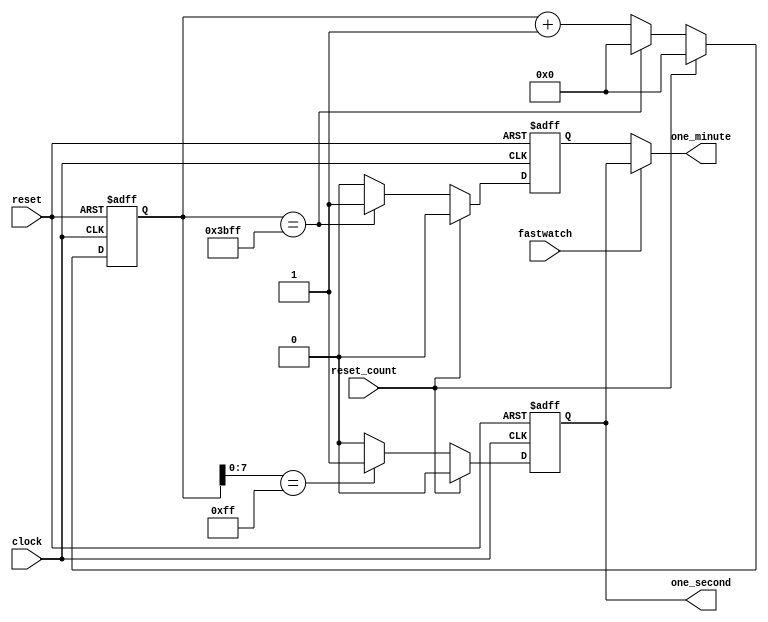
/********************************************************************************************

Copyright 2018-2019 - Maven Silicon Softech Pvt Ltd. All Rights Reserved.

This source code is an unpublished work belongs to Maven Silicon Softech Pvt Ltd.
It is considered a trade secret and is not to be divulged or used by parties who 
have not received written authorization from Maven Silicon Softech Pvt Ltd.

Maven Silicon Softech Pvt Ltd
Bangalore - 560076

Webpage: www.maven-silicon.com

Filename:	timegen.v   

Description:	Timegen will generate one_minute and one_second pulses 
                based on 256Hz clock frequency. 
                When stop watch mode will be one, both the pulses, i.e.
                one minute and one second will be same.

Date:		01/05/2018

Author:		Maven Silicon

Email:		online@maven-silicon.com

Version:	1.0

*********************************************************************************************/
module timegen(clock,
               reset,
               reset_count,
               fastwatch,
               one_second,
               one_minute
               );
 // Define input and output port directions        
  input clock,
        reset,
        reset_count, //Resets the timegen whenever a new current time is set
        fastwatch;  

  output one_second,
         one_minute;
  // Define internal registers required
  reg [13:0] count;
  reg one_second;
  reg one_minute_reg;
  reg one_minute;
 

//One minute pulse generation
always@(posedge clock or posedge reset)
begin
   // Upon reset, set the one_minute_reg value to zero
   if (reset)
   begin
     count<=14'b0;
     one_minute_reg<=0;
   end
   // Else check if there is a reset from alarm controller and reset the one_minute_reg and count value
   else if (reset_count)
   begin
     count<=14'b0;
     one_minute_reg<=1'b0;
   end
   // Else check if the count value reaches 'd15359 to generate 1 minute pulse
   else if (count[13:0]== 14'd15359)
   begin
     count<=14'b0;
     one_minute_reg<=1'b1;      
   end
   // Else for every posedge of clock just increment the count. 
   else   
   begin
     count<=count+1'b1;
     one_minute_reg<=1'b0;
   end
end
                             
//One second pulse generation
always@(posedge clock or posedge reset)
begin
   // If reset is asserted, set one_second and counter_sec value to zero
   if (reset)
   begin
     one_second<=1'b0;
   end
   // Else check if there is reset from alarm_controller, and reset the one_second and counter_sec value    
   else if (reset_count)
   begin
     one_second<=1'b0;
   end
   // Else check if the count value reaches the 'd255 to generate and count 1 sec pulse        
   else if (count[7:0]==8'd255)
   begin
     one_second<=1'b1;
   end
   // Else set the one_second and counter_sec value to zero
   else     
   begin
     one_second<=1'b0;
   end
end

//Fastwatch Mode Logic that makes the counting faster

always@(*)
   begin
    // If fastwatch is asserted, make one_second equivalent to one_minute
    if(fastwatch)
      one_minute =one_second;
    // Else assert one_minute signal when one_minute_reg is asserted
    else
      one_minute =one_minute_reg; 
   end

endmodule